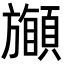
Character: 𩔽